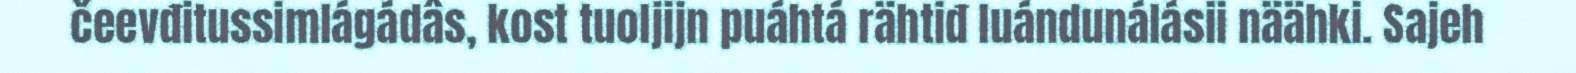
čeevđitussimlágádâs, kost tuoljijn puáhtá rähtiđ luándunálásii näähki. Sajeh